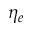
\eta _ { e }